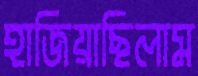
হাজিয়াছিলাম